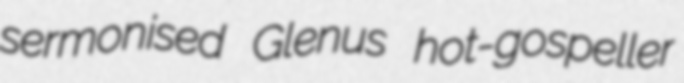
sermonised Glenus hot-gospeller